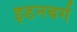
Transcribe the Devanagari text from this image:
इडनबर्ग